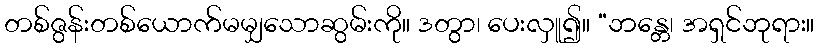
တစ်ဇွန်းတစ်ယောက်မမျှသောဆွမ်းကို။ ဒတွာ၊ ပေးလှူ၍။ “ဘန္တေ၊ အရှင်ဘုရား။